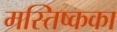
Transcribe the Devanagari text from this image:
मस्तिष्कका